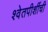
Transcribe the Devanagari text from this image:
श्वेतपीशींची